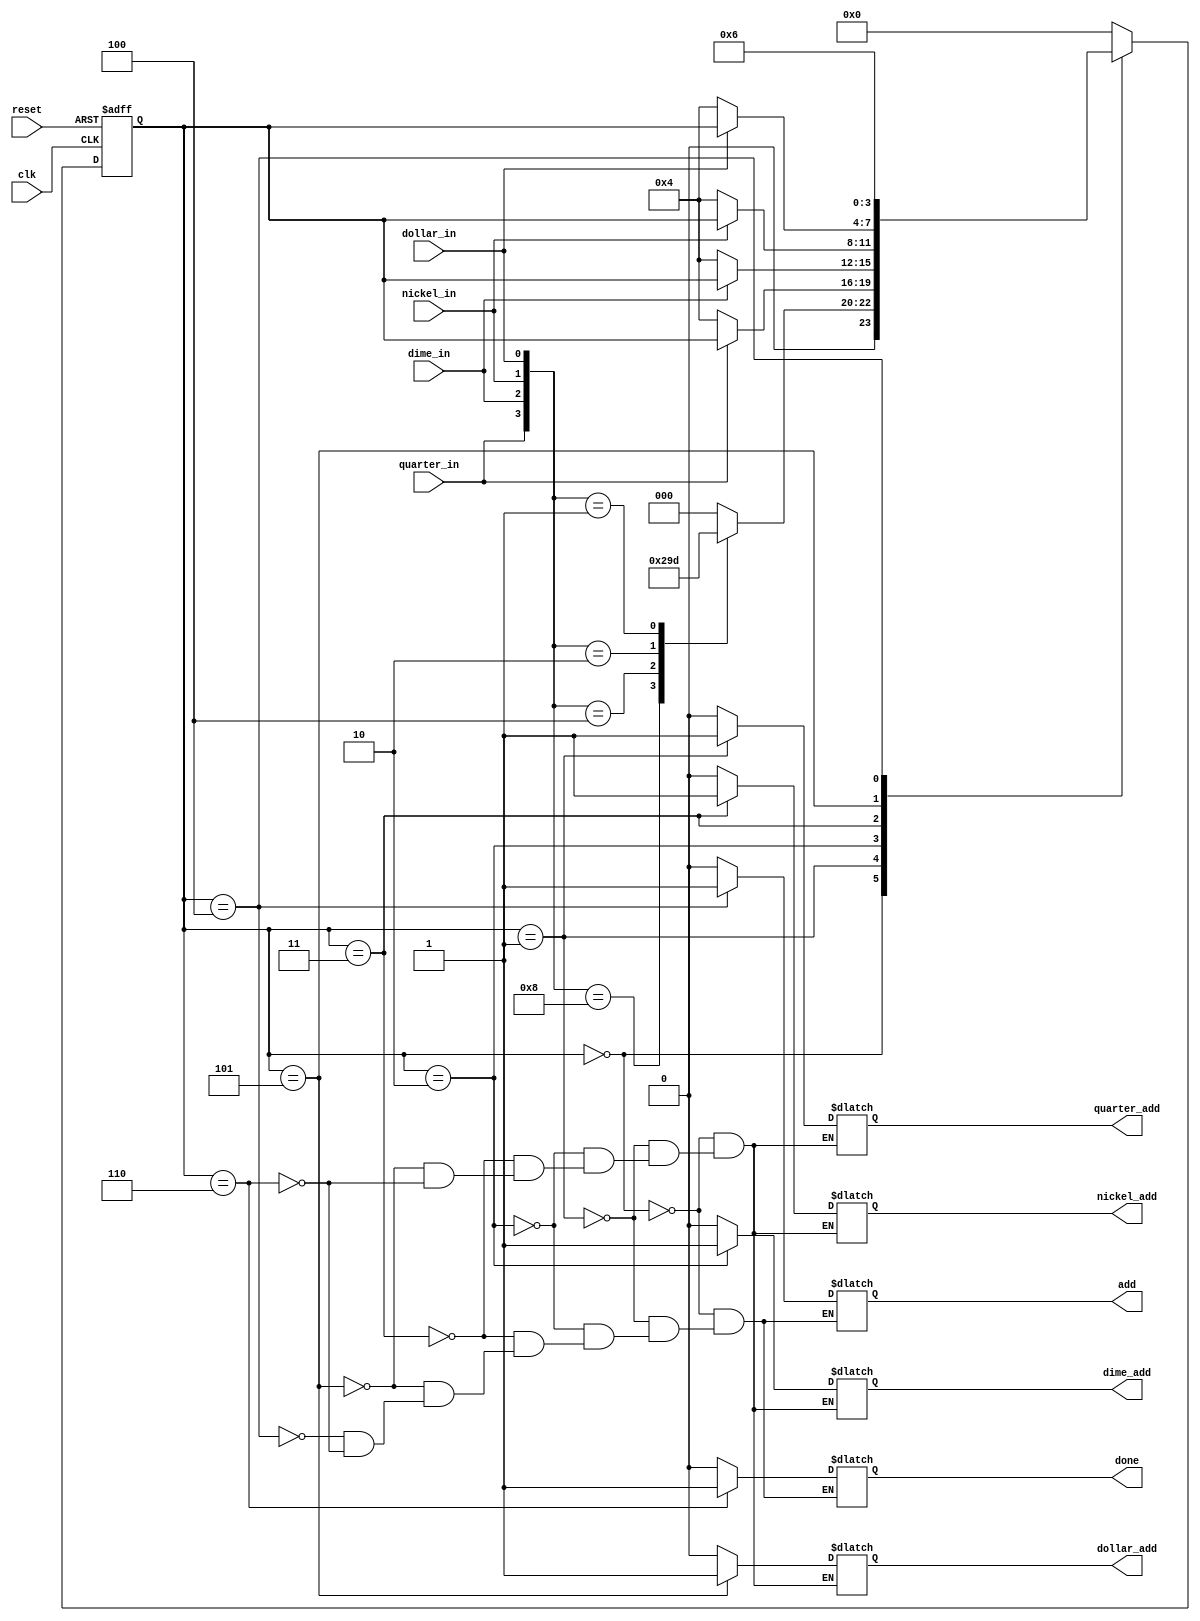
// Oregon Institute of Technology 
// Design Name: Coin_accepter
// Module Name: Coin_accepter
// Project Name: CST 351  Lab 3
// Target Devices: EPM2210F324C3N
// Description: accepts coins and detrimins the value
module coin_accepter(
input				reset,
input				clk,
input				quarter_in,
input				dime_in,
input				nickel_in,
input				dollar_in,
output	reg			quarter_add,
output	reg			dime_add,
output	reg			nickel_add,
output	reg			dollar_add,
output	reg			done,
output	reg			add);
reg		[3:0]		state;
initial begin
	quarter_add = 0;
	dime_add = 0;
	nickel_add = 0;
	add = 0;
	state = 0;
	done = 0;
end

parameter			IDLE = 0,
					ADD25 = 1,
					ADD10 = 2,
					ADD5 = 3,
					ADD = 4,
					ADD100 = 5,
					DONE = 6;
					
always @ (posedge clk or posedge reset)
begin
	if(reset)
		state = IDLE;
	else
		case(state)
		IDLE:
		begin
			case({quarter_in,dime_in,nickel_in,dollar_in})
			4'b1000:state = ADD25;
			4'b0100:state = ADD10;
			4'b0010:state = ADD5;
			4'b0001:state = ADD100;
			default state = IDLE;
			endcase
		end
		ADD25:
		begin
		if(quarter_in)
			state = state;
		else
			state = ADD;
		end
		ADD10:
		begin
		if(dime_in)
			state = state;
		else
			state = ADD;
		end
		ADD5:
		begin
		if(nickel_in)
			state = state;
		else
			state = ADD;
		end
		ADD100:
		begin
		if(dollar_in)
			state = state;
		else
			state = ADD;
		end
		ADD:
		begin
		state = DONE;
		end
		DONE:
		begin
			state = IDLE;
		end
		default:
		begin
		state = IDLE;
		end
		endcase
end		
always @ (*)
begin
	case(state)
	IDLE:
	begin
		quarter_add = 0;
		dime_add = 0;
		nickel_add = 0;
		dollar_add = 0;
		add = 0;
		done = 0;
	end
	ADD25:
	begin
		quarter_add = 1;
		dime_add = 0;
		nickel_add = 0;
		dollar_add = 0;
		add = 0;
		done = 0;
	end
	ADD10:
	begin
		quarter_add = 0;
		dime_add = 1;
		nickel_add = 0;
		dollar_add = 0;
		add = 0;
		done = 0;
	end
	ADD5:
	begin
		quarter_add = 0;
		dime_add = 0;
		nickel_add = 1;
		dollar_add = 0;
		add = 0;
		done = 0;
	end
	ADD100:
	begin
		quarter_add = 0;
		dime_add = 0;
		nickel_add = 0;
		dollar_add = 1;
		add = 0;
		done = 0;
	end
	ADD:
	begin
		quarter_add = quarter_add;
		dime_add = dime_add;
		nickel_add = nickel_add;
		dollar_add = dollar_add;
		add = 1;
		done = 0;
	end
	DONE:
	begin
		quarter_add = 0;
		dime_add = 0;
		nickel_add = 0;
		dollar_add = 0;
		add = 0;
		done = 1;
	end
	default:
	begin
		quarter_add = quarter_add;
		dime_add = dime_add;
		nickel_add = nickel_add;
		dollar_add = dollar_add;
		add = add;
		done = done;
	end
	endcase
end			
endmodule